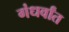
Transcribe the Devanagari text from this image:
गंधर्वांत